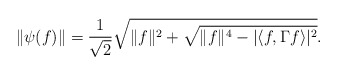
\begin{align*}\|\psi(f)\| = \frac{1}{\sqrt{2}} \sqrt{\|f\|^2+ \sqrt{\|f\|^4-|\langle f,\Gamma f \rangle |^2 }}.\end{align*}